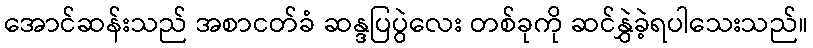
အောင်ဆန်းသည် အစာငတ်ခံ ဆန္ဒပြပွဲလေး တစ်ခုကို ဆင်နွှဲခဲ့ရပါသေးသည်။